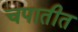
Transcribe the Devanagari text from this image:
चपातीत